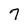
Character: 7